Medical and sanitary report on the native army of Bombay for the year
Year: 1879
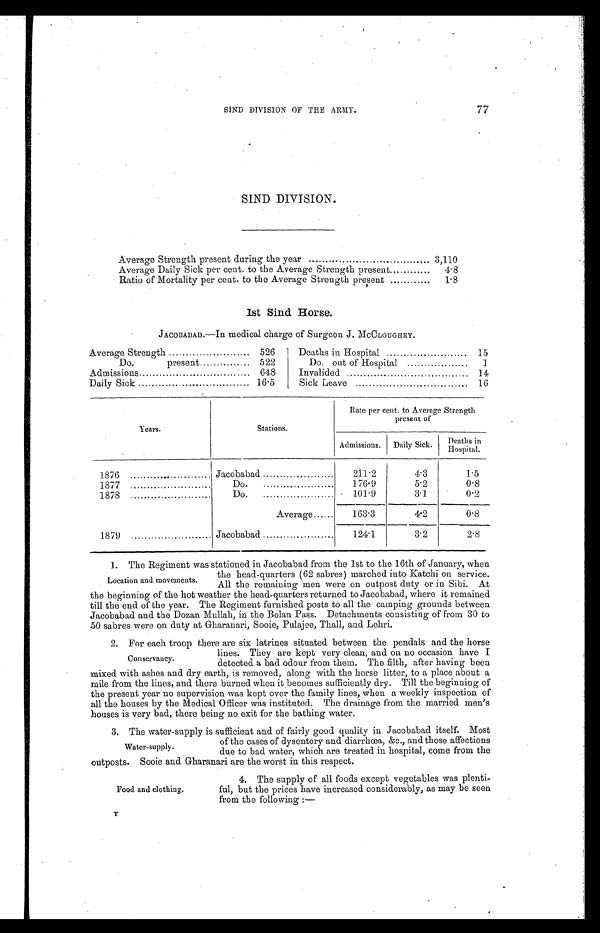
SIND DIVISION OF THE ARMY.
77
SIND DIVISION.
Average Strength present during the year . . .
3,110
Average Daily Sick per cent. to the Average Strength present . . .
4.8
Ratio of Mortality per cent. to the Average Strength present . . .
1.8
1st Sind Horse.
JACOBABAD.—In medical charge of Surgeon J. McCLOUGHRY.
Average Strength . . .
526
Do. present . . .
522
Admissions . . .
648
Daily Sick . . .
16.5
Deaths in Hospital . . .
15
Do. out of Hospital . . .
1
Invalided . . .
14
Sick Leave . . .
16
Years.
Stations.
Rate per cent. to Average Strength
present of
Admissions.
Daily Sick.
D e a t h s i n H o s p i t a l .
1876 . . .
Jacobabad . . .
211.2
4.3
1.5
1877 . . .
D o . . . .
176.9
5.2
0.8
1878 . . .
Do.
. . .
1 0 1 . 9
3.1
0.2
Average . . .
163.3
4.2
0.8
1879 . . .
Jacobabad . . .
124.1
3.2
2.8
1. The Regiment was stationed in Jacobabad from the 1st to the 16th of January, when
the head-quarters (62 sabres) marched into Katchi on service.
All the remaining men were on outpost duty or in Sibi. At
the beginning of the hot weather the head-quarters returned to Jacobabad, where it remained
till the end of the year. The Regiment furnished posts to all the camping grounds between
Jacobabad and the Dozan Mullah, in the Bolan Pass. Detachments consisting of from 30 to
50 sabres were on duty at Gharanari, Sooie, Pulajee, Thall, and Lehri.
2. For each troop there are six latrines situated between the pendals and the horse
lines. They are kept very clean, and on no occasion have I
detected a bad odour from them. The filth, after having been
mixed with ashes and dry earth, is removed, along with the horse litter, to a place about a
mile from the lines, and there burned when it becomes sufficiently dry. Till the beginning of
the present year no supervision was kept over the family lines, when a weekly inspection of
all the houses by the Medical Officer was instituted. The drainage from the married men's
houses is very bad, there being no exit for the bathing water.
3. The water-supply is sufficient and of fairly good quality in Jacobabad itself. Most
of the cases of dysentery and diarrhœa, &c., and those affections
due to bad water, which are treated in. hospital, come from the
outposts. Sooie and Gharanari are the worst in this respect.
Location and movements.
Conservancy.
Water-supply.
Food and clothing.
4. The supply of all foods except vegetables was plenti-
ful, but the prices have increased considerably, as may be seen
from the following :—